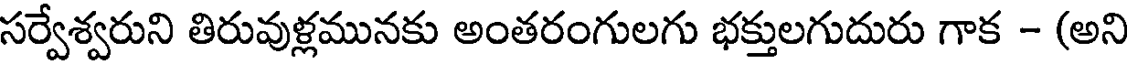
సర్వేశ్వరుని తిరువుళ్లమునకు అంతరంగులగు భక్తులగుదురు గాక - (అని